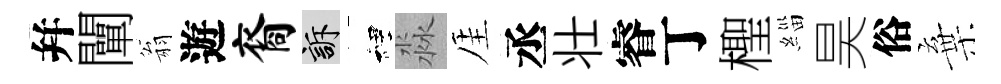
幷闡翁遊裔訴裡淼厓丞壮睿丁檉緇昊俗棄